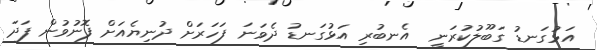
އަޅުގަނޑު ގަބޫލުކުރަނީ  އެނބުރި އަޅުގަނޑު ދެވަނަ ފަހަރަށް ދުނިޔެއަށް ފޮނުވުން ފަދަ